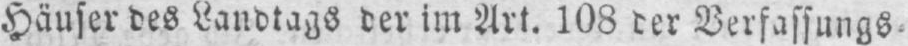
Häuser des Landtags der im Art. 108 der Verfassungs⸗